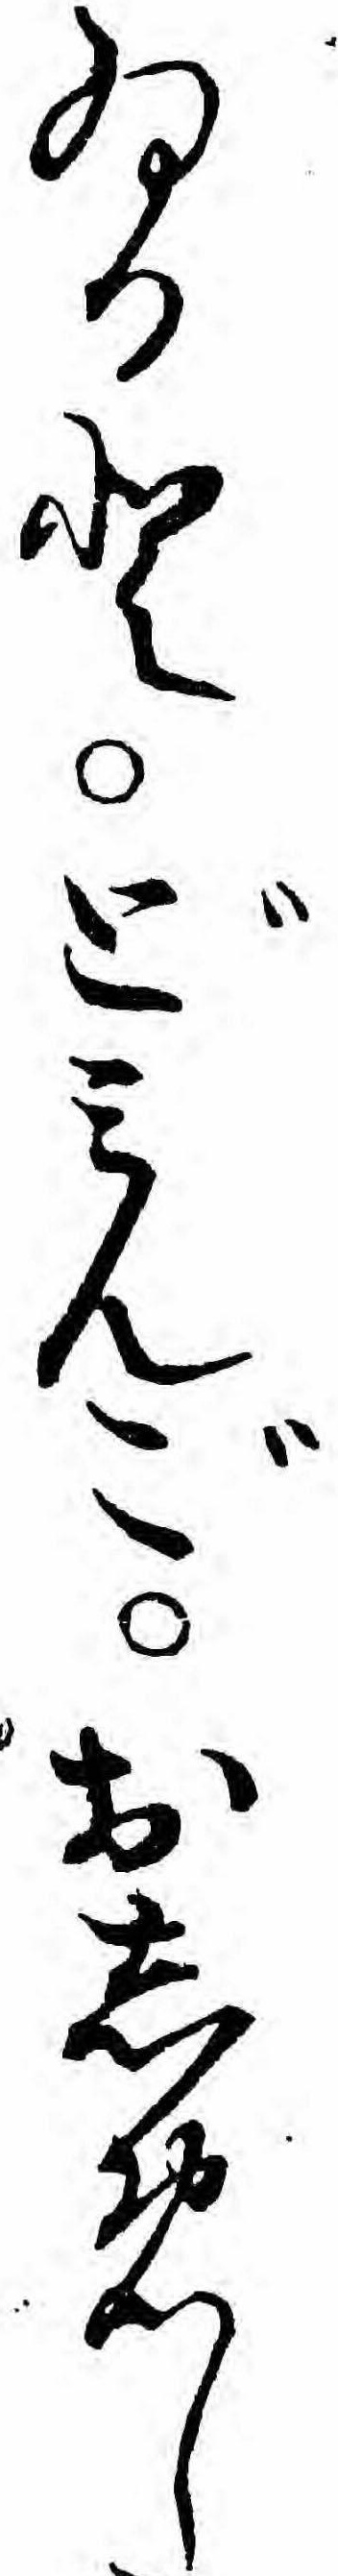
ゐるとどミんごおしめし